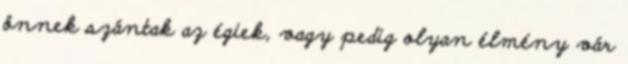
önnek szántak az égiek, vagy pedig olyan élmény vár